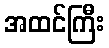
အထင်ကြီး